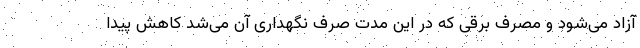
آزاد می‌شود و مصرف برقی که در این مدت صرف نگهداری آن می‌شد کاهش پیدا